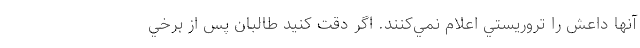
آنها داعش را تروريستي اعلام نمي‌كنند. اگر دقت كنيد طالبان پس از برخي